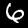
Digit: 6